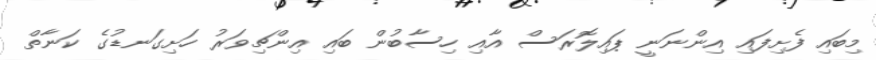
މިބައި ފެށިފައި އިންނަނީ ޕައިލޮރަސް އާއި ހިސާބުން ބައި އިންޗިވަރު ހަށިގަނޑުގެ ކަނާތް